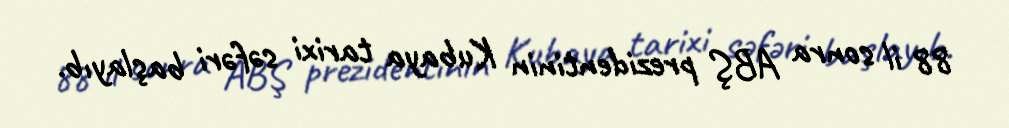
88 il sonra ABŞ prezidentinin Kubaya tarixi səfəri başlayıb.